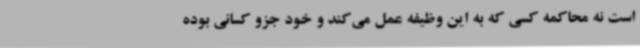
است نه محاکمه کسی که به این وظیفه عمل می‌کند و خود جزو کسانی بوده